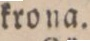
krona.